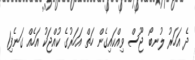
ދެ އަހަރު ލުނބޯ ޖޫސް ވިއްކައިގެން ހަތް އަހަރުގެ ކުއްޖަކު އަހެއް ގަނެފި1